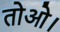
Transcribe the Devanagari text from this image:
तोओ।